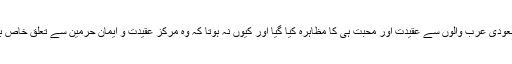
سعودیوں کی طرح اہل پاکستان کی طرف سے بھی ہمیشہ سعودی عرب والوں سے عقیدت اور محبت ہی کا مظاہرہ کیا گیا اور کیوں نہ ہوتا کہ وہ مرکز عقیدت و ایمان حرمین سے تعلق خاص بھی رکھتے ہیں اور ہمارے ملک و قوم کے محسن بھی ہیں۔